Annual returns of the Patna Lunatic Asylum at Bankipore in Bihar and Orissa - 1912-1924
Year: 1912
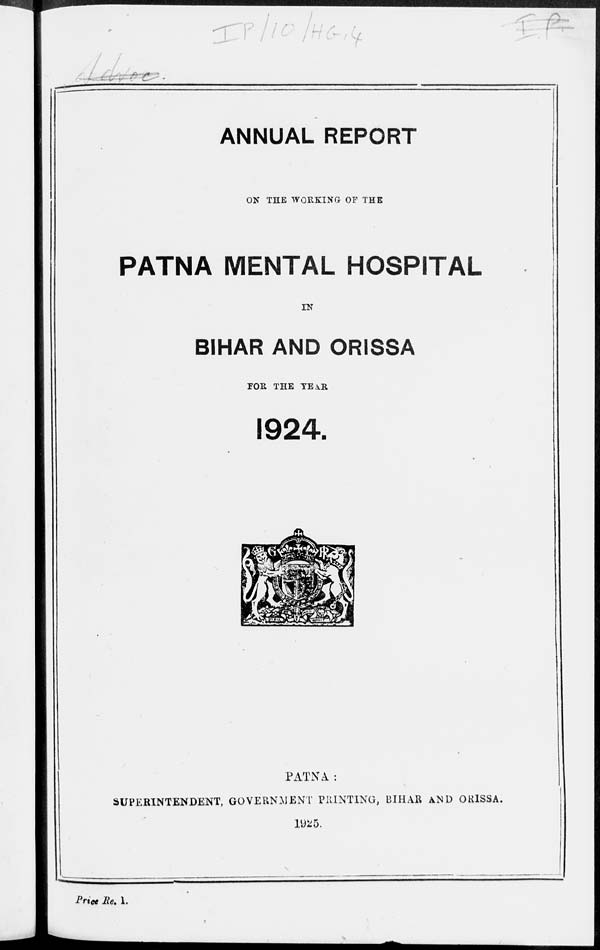
ANNUAL REPORT
ON THE WORKING OF THE
PATNA MENTAL HOSPITAL
IN
BIHAR AND ORISSA
FOR THE YEAR
1924.
PATNA:
SUPERINTENDENT, GOVERNMENT PRINTING, BIHAR AND ORISSA.
1925.
Price Re. 1.